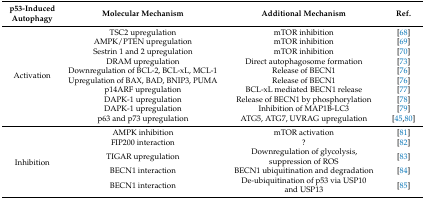
<table><thead><tr><td><b>p53-Induced Autophagy</b></td><td><b>Molecular Mechanism</b></td><td><b>Additional Mechanism</b></td><td><b>Ref.</b></td></tr></thead><tbody><tr><td rowspan="10">Activation</td><td>TSC2 upregulation</td><td>mTOR inhibition</td><td>[68]</td></tr><tr><td>AMPK/PTEN upregulation</td><td>mTOR inhibition</td><td>[69]</td></tr><tr><td>Sestrin 1 and 2 upregulation</td><td>mTOR inhibition</td><td>[70]</td></tr><tr><td>DRAM upregulation </td><td>Direct autophagosome formation</td><td>[73]</td></tr><tr><td>Downregulation of BCL-2, BCL-xL, MCL-1</td><td>Release of BECN1</td><td>[76]</td></tr><tr><td>Upregulation of BAX, BAD, BNIP3, PUMA</td><td>Release of BECN1</td><td>[76]</td></tr><tr><td>p14ARF upregulation</td><td>BCL-xL mediated BECN1 release</td><td>[77]</td></tr><tr><td>DAPK-1 upregulation</td><td>Release of BECN1 by phosphorylation</td><td>[78]</td></tr><tr><td>DAPK-1 upregulation</td><td>Inhibition of MAP1B-LC3</td><td>[79]</td></tr><tr><td>p63 and p73 upregulation</td><td>ATG5, ATG7, UVRAG upregulation</td><td>[45,80]</td></tr><tr><td rowspan="5">Inhibition</td><td>AMPK inhibition</td><td>mTOR activation</td><td>[81]</td></tr><tr><td>FIP200 interaction</td><td>?</td><td>[82]</td></tr><tr><td>TIGAR upregulation</td><td>Downregulation of glycolysis, suppression of ROS</td><td>[83]</td></tr><tr><td>BECN1 interaction</td><td>BECN1 ubiquitination and degradation</td><td>[84]</td></tr><tr><td>BECN1 interaction</td><td>De-ubiquitination of p53 via USP10 and USP13</td><td>[85]</td></tr></tbody></table>